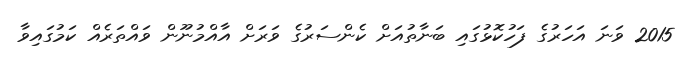
2015 ވަނަ އަހަރުގެ ފަހުކޮޅުގައި ބަނާތުއަށް ކެންސަރުގެ ވަރަށް އާއްމުނޫން ވައްތަރެއް ކަމުގައިވާ